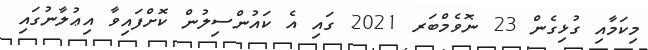
މިކަމާއި ގުޅިގެން 23 ނޮވެމްބަރ 2021 ގައި އެ ކައުންސިލުން ކޮށްފައިވާ އިޢުލާނުގައި